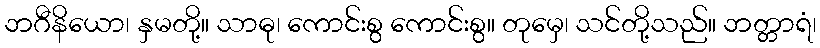
ဘဂီနိယော၊ နှမတို့။ သာဓု၊ ကောင်းစွ ကောင်းစွ။ တုမှေ၊ သင်တို့သည်။ ဘတ္တာရံ၊